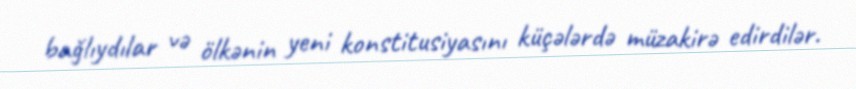
bağlıydılar və ölkənin yeni konstitusiyasını küçələrdə müzakirə edirdilər.